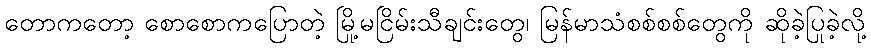
တောကတော့ စောစောကပြောတဲ့ မြို့မငြိမ်းသီချင်းတွေ၊ မြန်မာသံစစ်စစ်တွေကို ဆိုခဲ့ပြုခဲ့လို့